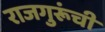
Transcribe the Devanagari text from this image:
राजगुरूंची